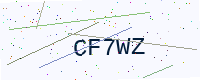
Text: CF7WZ